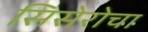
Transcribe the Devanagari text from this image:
सिसेरोचा